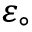
\scriptstyle { \varepsilon _ { \circ } }